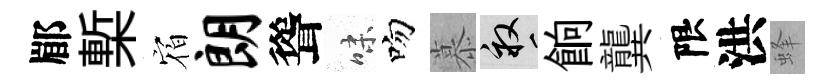
郿槧𪧐朗聳味吻慕畝餉龔限洪蜂